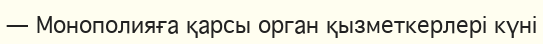
— Монополияға қарсы орган қызметкерлері күні